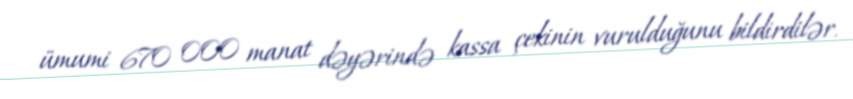
ümumi 670 000 manat dəyərində kassa çekinin vurulduğunu bildirdilər.